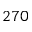
2 7 0